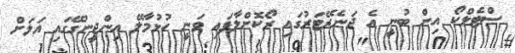
ސްޓެލްކޯ އިން ބުނީ އެ ޖަނެރޭޓަރުގައި ރޯކޮށްލާފައި ވަނީ ހުޅުމާލޭ އިންޖީނުގޭގައި އަލަށް